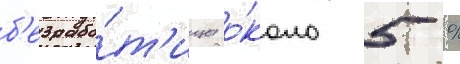
б'езрабо́т'ицы о́коло 5 %